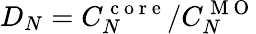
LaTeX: D_{N}=C_{N}^{\mathrm{~c~o~r~e~}}/C_{N}^{\mathrm{~M~O~}}